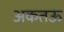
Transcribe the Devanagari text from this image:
अकतऊ